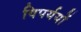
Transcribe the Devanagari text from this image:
विपर्ययों